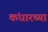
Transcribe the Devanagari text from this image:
कंधारच्या